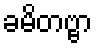
ခမိတဗ္ဗာ